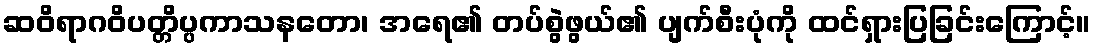
ဆဝိရာဂဝိပတ္တိပ္ပကာသနတော၊ အရေ၏ တပ်စွဲဖွယ်၏ ပျက်စီးပုံကို ထင်ရှားပြခြင်းကြောင့်။